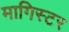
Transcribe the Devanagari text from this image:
मागिस्टर